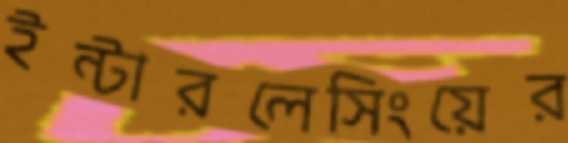
ইন্টারলেসিংয়ের